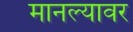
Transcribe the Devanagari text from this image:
मानल्यावर